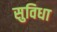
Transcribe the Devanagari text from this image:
सुविधा